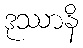
ဒုဿာနိ